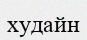
худайн